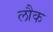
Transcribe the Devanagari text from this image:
लौक